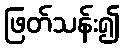
ဖြတ်သန်း၍